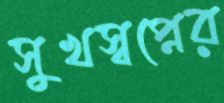
সুখস্বপ্নের